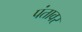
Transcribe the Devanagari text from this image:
पंतावर